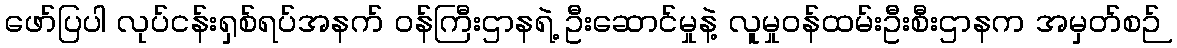
ဖော်ပြပါ လုပ်ငန်းရှစ်ရပ်အနက် ဝန်ကြီးဌာနရဲ့ ဦးဆောင်မှုနဲ့ လူမှုဝန်ထမ်းဦးစီးဌာနက အမှတ်စဉ်